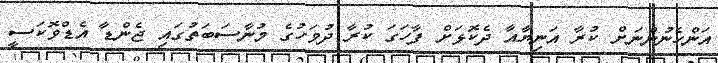
އަންހެނުންނަށް ކުރާ އަނިޔާއާ ދެކޮޅަށް ފާހަގަ ކުރާ ދުވަހުގެ މުނާސަބަތުގައި ޖެންޑާ އެޑްވޮކަސީ